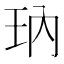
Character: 𰡱